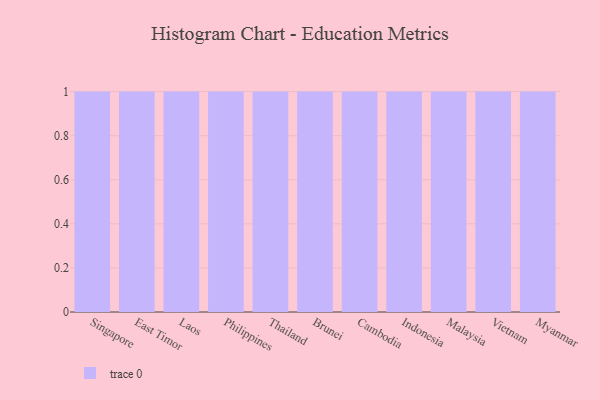
{"axis": {"x": "Country", "y": "Budget (USD K)"}, "legend": [""], "data": [{"x": "Singapore", "y": 82, "type": ""}, {"x": "East Timor", "y": 60, "type": ""}, {"x": "Laos", "y": 71, "type": ""}, {"x": "Philippines", "y": 87, "type": ""}, {"x": "Thailand", "y": 64, "type": ""}, {"x": "Brunei", "y": 56, "type": ""}, {"x": "Cambodia", "y": 53, "type": ""}, {"x": "Indonesia", "y": 73, "type": ""}, {"x": "Malaysia", "y": 22, "type": ""}, {"x": "Vietnam", "y": 39, "type": ""}, {"x": "Myanmar", "y": 74, "type": ""}]}